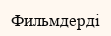
Фильмдерді